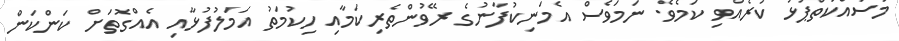
މަސައްކަތްޕުޅު ކުރެއްވި ކަމެވެ. ނަމަވެސް އެމަނިކުފާނުގެ ރޭވުންތެރިކަމާއި ހިކުމަތު އަމަލުފުޅާއި އެއްގޮތަށް ކަންކަން